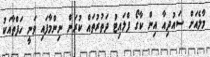
މާލެއަށް ސައުދިއާ އިން ކާގޯ ފްލައިޓު ދަތުރުތައް ކުރަން ނިންމާފައި ވަނީ ހަފްތާއަކު